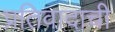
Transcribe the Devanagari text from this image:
प्रतिवादाची